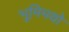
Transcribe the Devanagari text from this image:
भूमिमथो